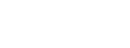
အာဏာပိုင်တို့